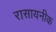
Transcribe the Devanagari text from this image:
रासायनीक